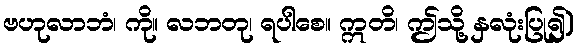
ဗဟုလာဘံ၊ ကို။ လဘတု၊ ရပါစေ။ ဣတိ၊ ဤသို့ နှလုံးပြု၍)